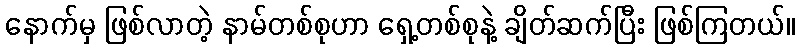
နောက်မှ ဖြစ်လာတဲ့ နာမ်တစ်စုဟာ ရှေ့တစ်စုနဲ့ ချိတ်ဆက်ပြီး ဖြစ်ကြတယ်။